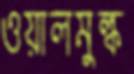
ওয়ালমুল্ক